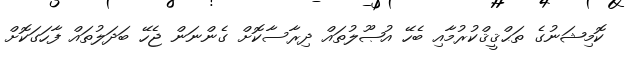
ކޮމިޝަނުގެ ތަޙްޤީޤްކުރުމާއި ބެހޭ އުޞޫލުތައް ދިރާސާކޮށް ގެންނަން ޖެހޭ ބަދަލުތައް ފާހަގަކޮށް